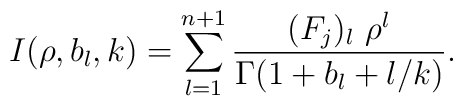
I(\rho,b_l,k)=\sum_{l=1}^{n+1} \frac{(F_j)_l\ \rho^l}{\Gamma(1+b_l+l/k)}.